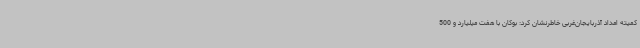
کمیته امداد آذربایجان‌غربی خاطرنشان کرد: بوکان با هفت میلیارد و 500